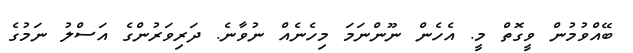
ބޭއްވުމުން ވީގޮތް މީ. އެހެން ނޫންނަމަ މިހެނެއް ނުވާނެ. ދަރިވަރުންގެ އަސްލު ނަމުގެ